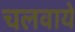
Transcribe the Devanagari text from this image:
चलवाये